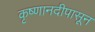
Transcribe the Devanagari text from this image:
कृष्णानदीपासून